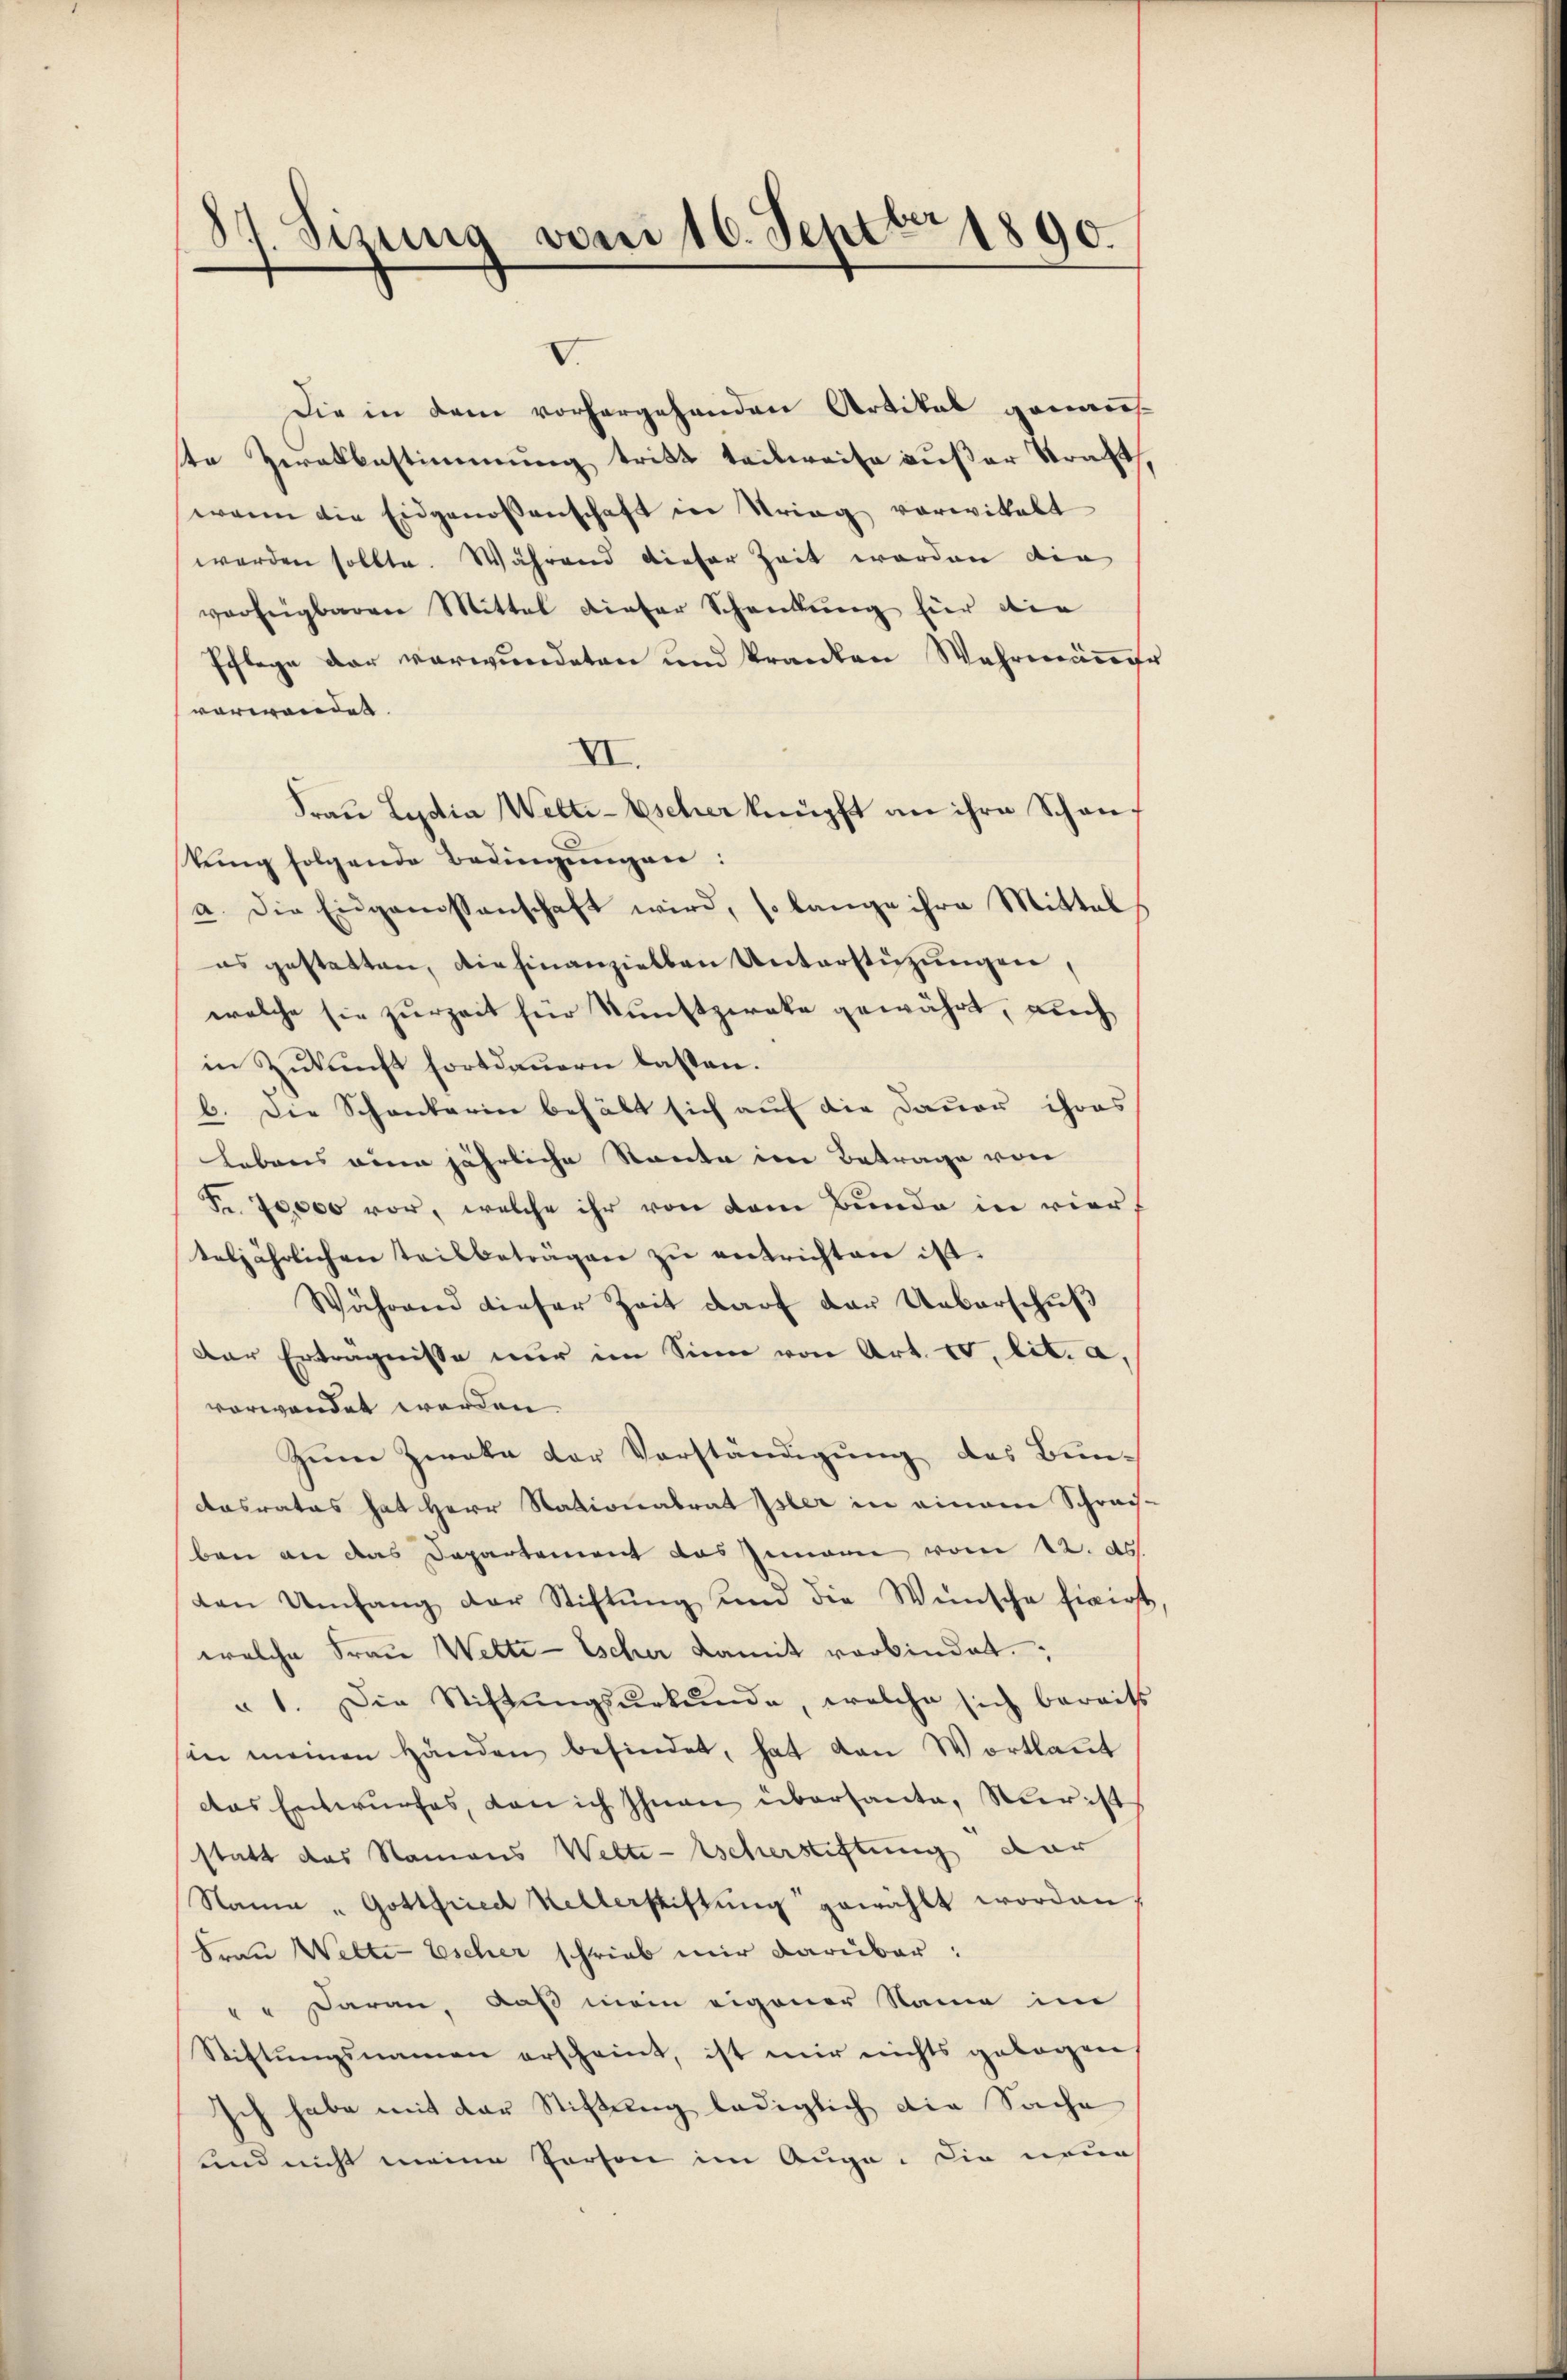
87. Sizung vom 16. Septbr 1890.
d

V.

Die in dem vorhergehenden Artikal genaues
ste Zeratbestimmung tritt teilweise außer Straft,
wenn die Eidgenossenschaft in Strieg vorwikalt
werden sollte. Während dieser Zeit worden die
verfügbaren Mittel dieser Schankung für die
Pflege der verwundeten und kranken Wahrmänner
vorwandet.
VI.
Fraŭ Lydia Welti-Escher knüpft an ihre Schan
stung folgende Bedingungen:
a. Die Eingarissenschaft wird, so lange ihre Mittel
es gestatten, die hinanzielben Unterstützungen,
welche sie zurZeit für Kunstzereke gewährt, auch
in Zukunft fortdauern lasten.
b. Die Schankarin behält sich auf die Dauer ihres
Lebens eine jährliche Rente im Betrage von
Fr. 70,000 vor, welche ihr von dem Bunde in vierf
teljährlichen Teilsbeträgen zŭ entrichten ist.
Während dieser Zeit darf der Ueberschuß
Der Erträgnisse nur im Sinn von Art. 10. lit. a,
vorwandet werden.
Zum Zweke der Vorständigung des Bundasrates hat Herr Stationalrat Isler in einem Schrech-
ben an das Departement das Gianne von 22. ds.
den Umfang der Stiftŭng und die Wünsche fixirst
welche Frau Wette - Escher damit verbindet.
" 1. Die Stiftŭngsŭrkŭnde, welche sich bereits
in meinen Händen befindet, hat von Wortlaut
das Entwŭrfes, dan ich Ihnen übersante. Vier ist
statt das Namens Wette-Escherstiftung dar
Nama " Gottfried Kellerstiftung gewählt worden
Frau Welte Escher schrieb mir darüber:
" " Daran, daß mein eigener Name im
Stiftŭngsnamen erscheint, ist mir nichts gebogen
Ich habe mit der Stiftung lediglich die Sache
und nicht meine Person im Auge. Die neue